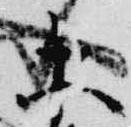
等